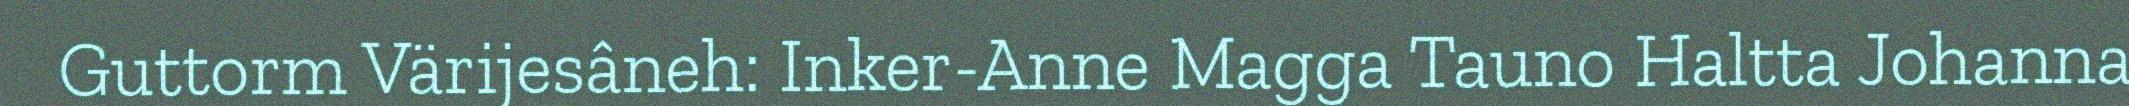
Guttorm Värijesâneh: Inker-Anne Magga Tauno Haltta Johanna